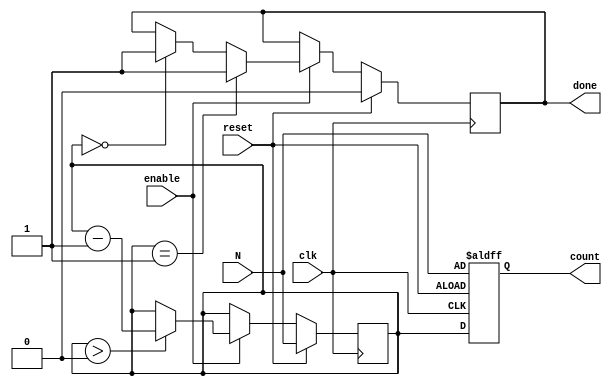
module down_counter #(parameter WIDTH = 8) (
    input wire clk,          // Clock signal
    input wire reset,        // Synchronous reset
    input wire enable,       // Enable signal for counting
    input wire [WIDTH-1:0] N, // Initial count value
    output reg [WIDTH-1:0] count, // Current count value
    output reg done          // Signal indicating when count reaches zero
);

    // Internal register to hold the current count value
    reg [WIDTH-1:0] current_count;

    // Always block triggered on the rising edge of the clock
    always @(posedge clk) begin
        // Reset logic
        if (reset) begin
            current_count <= N; // Load initial value (N) on reset
            done <= 0;          // Reset done signal
        end
        else if (enable) begin
            if (current_count > 0) begin
                current_count <= current_count - 1; // Decrement the count
            end
            if (current_count == 1) begin
                done <= 1; // Assert done when about to reach zero
            end
            else if (current_count == 0) begin
                done <= 1; // Assert done when count reaches zero
            end
        end
    end

    // Assign the current count to the output
    always @(posedge clk or posedge reset) begin
        if (reset) begin
            count <= N; // Set the count to initial value on reset
        end
        else begin
            count <= current_count; // Update the output count
        end
    end

endmodule